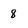
Character: 8